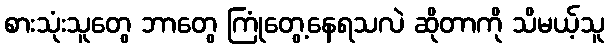
စားသုံးသူတွေ ဘာတွေ ကြုံတွေ့နေရသလဲ ဆိုတာကို သိမယ့်သူ